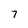
Character: 7